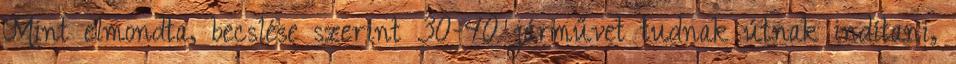
Mint elmondta, becslése szerint 30-40 járművet tudnak útnak indítani,